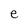
Character: e